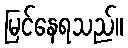
မြင်နေရသည်။